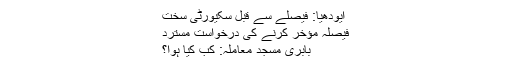
ایودھیا: فیصلے سے قبل سکیورٹی سخت
فیصلہ مؤخر کرنے کی درخواست مسترد
بابری مسجد معاملہ: کب کیا ہوا؟